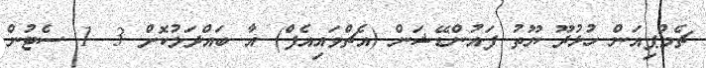
ޗެމްޕިއަން ހުޅުދޫ ޔޫތު ފައުންޑޭޝަން (އެޗްވައިއެފް) އާ ބައްދަލުކޮށް 3- 1 ސެޓުން